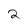
Character: 2